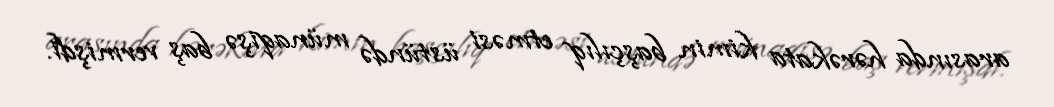
arasında hərəkata kimin başçılıq etməsi üstündə münaqişə baş vermişdi.